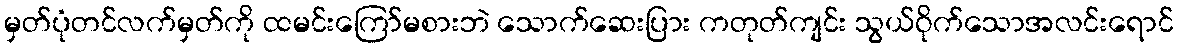
မှတ်ပုံတင်လက်မှတ်ကို ထမင်းကြော်မစားဘဲ သောက်ဆေးပြား ကတုတ်ကျင်း သွယ်ဝိုက်သောအလင်းရောင်